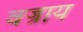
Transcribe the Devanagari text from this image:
वज्राय